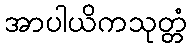
အာပါယိကသုတ္တံ